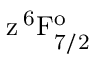
\mathrm { z \, ^ { 6 } F _ { 7 / 2 } ^ { o } }